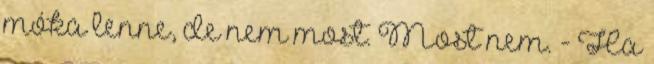
móka lenne, de nem most. Most nem. - Ha